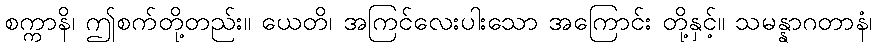
စက္ကာနိ၊ ဤစက်တို့တည်း။ ယေတိ၊ အကြင်လေးပါးသော အကြောင်း တို့နှင့်။ သမန္နာဂတာနံ၊